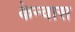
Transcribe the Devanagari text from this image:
केन्वास